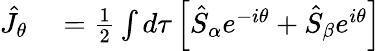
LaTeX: \begin{array}{rl}{\hat{J}_{\theta}}&{{}=\frac{1}{2}\int d\tau\left[\hat{S}_{\alpha}e^{-i\theta}+\hat{S}_{\beta}e^{i\theta}\right]}\end{array}